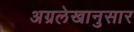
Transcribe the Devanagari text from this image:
अग्रलेखानुसार